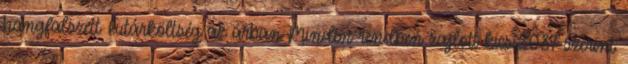
hangfalszett Futárköltség az árban Minden rendben zajlott kicsi2087 szerint: